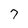
Character: 7